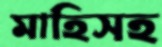
মাহিসহ